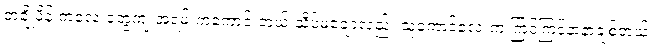
တချို့မိန်းကလေးတွေကျ အရမ်းကံကောင်းတယ် သိပ်မချောလည်း သူ့ကောင်လေးက ကြင်ကြင်နာနာချစ်တယ်